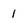
Character: 1